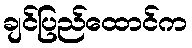
ချင်ပြည်ထောင်က